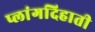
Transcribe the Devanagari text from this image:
प्लांगदिहाती